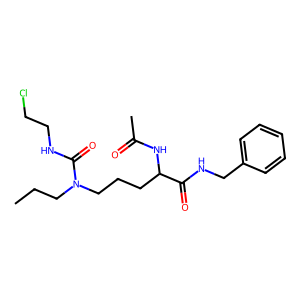
SMILES: CCCN(CCCC(NC(C)=O)C(=O)NCc1ccccc1)C(=O)NCCCl
Inhibits HIV replication: No